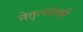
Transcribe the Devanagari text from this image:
नेतृत्वशक्ती